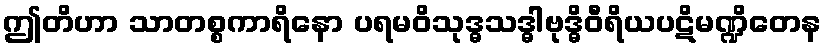
ဤတိဟာ သာတစ္စကာရိနော ပရမဝိသုဒ္ဓသဒ္ဓါဗုဒ္ဓိဝီရိယပဋိမဏ္ဍိတေန